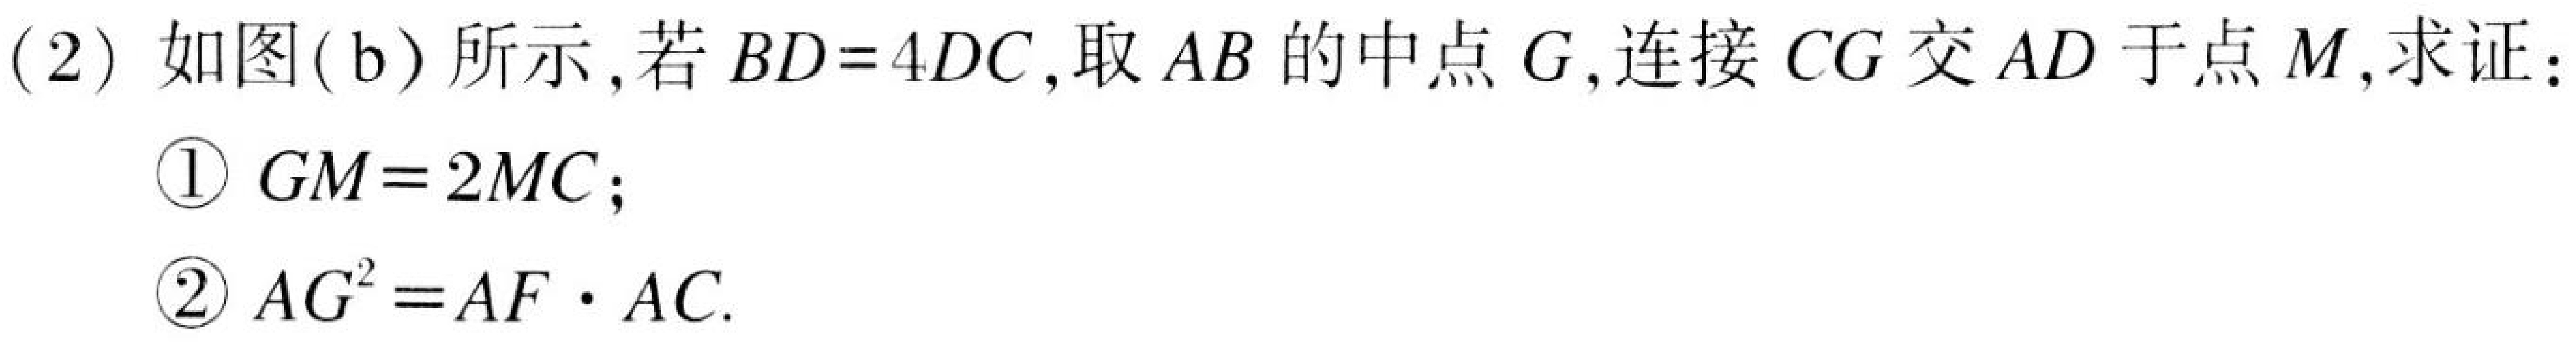
(2) 如图(b)所示,若\(BD = 4DC\),取\(AB\)的中点\(G\),连接\(CG\)交\(AD\)于点\(M\),求证：
\textcircled{1} \(GM = 2MC\);
\textcircled{2} \(AG^{2}=AF\cdot AC\).